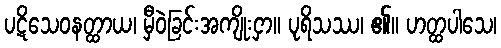
ပဋိသေဝနတ္ထာယ၊ မှီဝဲခြင်းအကျိုးငှာ။ ပုရိသဿ၊ ၏။ ဟတ္ထပါသေ၊